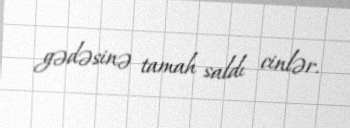
gədəsinə tamah saldı cinlər.